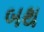
બથ